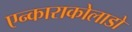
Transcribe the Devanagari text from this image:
एन्काराकोलाडो